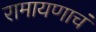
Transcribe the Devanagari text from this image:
रामायणाचं